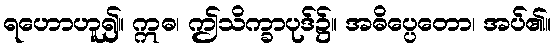
ရဟောဟူ၍။ ဣဓ၊ ဤသိက္ခာပုဒ်၌။ အဓိပ္ပေတော၊ အပ်၏။